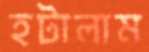
হটালাম